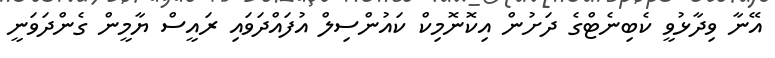
އޭނާ ވިދާޅުވީ ކެބިނެޓްގެ ދަށުން އިކޮނޮމިކް ކައުންސިލް އުފައްދަވައި ރައީސް ޔާމީން ގެންދަވަނީ